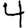
Digit: 4